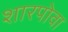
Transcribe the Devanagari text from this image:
शारपोवा